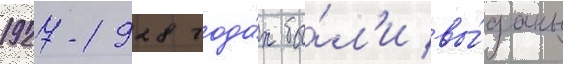
1927-1928 года́х бы́л'и вы́даны